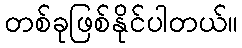
တစ်ခုဖြစ်နိုင်ပါတယ်။